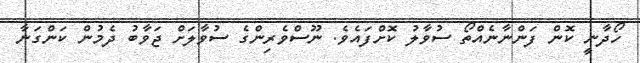
ހޯދާނީ ކޮން ފަންނާނެއްތޯ ސުވާލު ކޮށްފައެވެ. ނޫސްވެރިންގެ ސުވާލަށް ޖަވާބު ދެމުން ކަންގަނާ